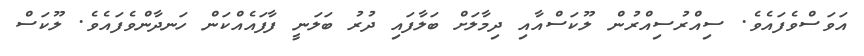
އަވަސްވެފައެވެ. ސިއްރުސިއްރުން ލޫކަސްއާއި ދިމާލަށް ބަލާފައި ދުރު ބަލަނީ ފާފައެއްކަން ހަނދާންވެފައެވެ. ލޫކަސް